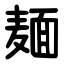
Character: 麺